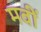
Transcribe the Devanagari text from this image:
मवीं